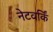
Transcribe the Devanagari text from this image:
नेटवर्किं